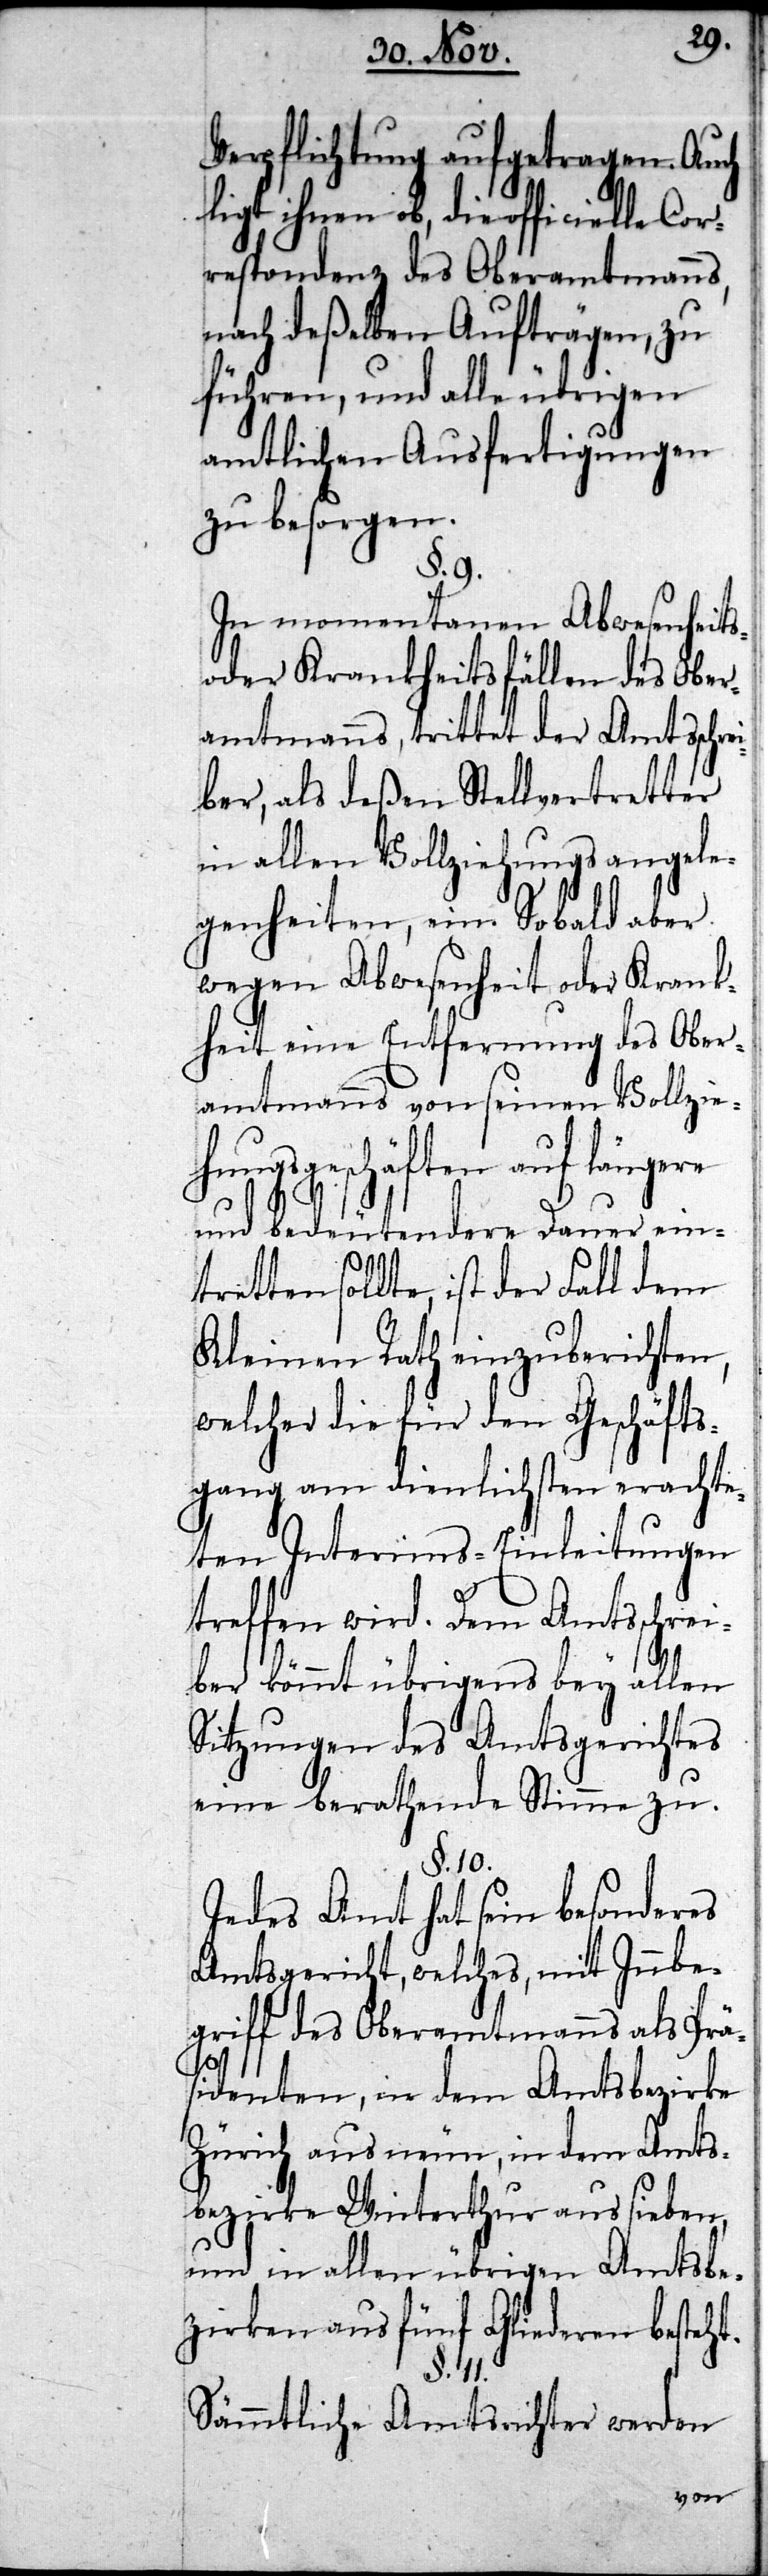
Verpflichtung aufgetragen.
ligt ihnen ob, die officielle
respondenz des Oberamtm¬
nach deßelben Aufträgen,
zu
führen, und alle übrigen
amtlichen Ausfertigu¬
zu besorgen.
§. 9.
In momentanen
oder Krankheitsfällen des Obe¬
ramtmanns, trittet der Amtssc¬
ber, als deßen Stellvertretter
rei¬
in allen Vollziehung¬
genheiten, ein. Sobald aber
wegen Abwesenheit oder Kran¬
kheit eine Entfernung des Obe¬
ramtmanns von seinen Vollzie¬
hungsgeschäften auf längere
und bedeutendere Dauer ein¬
tretten sollte, ist der Fall dem
Kleinen Rath einzuberichten,
welcher die für den Geschäfts¬
gang am dienlichsten erach¬
teten Interims-Einleitungen
treffen wird. Dem Amtssch¬
ber kommt übrigens bey allen
Sitzungen des Amtsgerich¬
eine berathende Sti¬
§. 10.
Jedes Amt hat sein besonde¬
Amtsgericht, welches, mit Innbe¬
griff des Oberamtmanns als Prä¬
sidenten, in dem Amtsbezirke
Zürich aus neun, in dem Amts¬
bezirke Winterthur aus sieben,
und in allen übrigen Amtsbe¬
zirken aus fünf Gliederen besteht.
§. 11.
Sämmtliche Amtsrichter werden

res